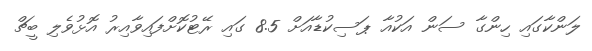
ލަންކާގައި ހިންގާ ސަން އަކުއާ ޕަސިކުޑާއަށް 8.5 ގައި ރޭޓުކޮށްފައިވާއިރު އޮޅުވެލި ބީޗް